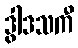
ဒွါဒသကီ